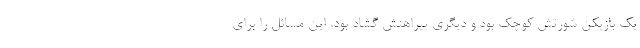
یک بازیکن شورتش کوچک بود و دیگری پیراهنش گشاد بود. این مسائل را برای